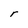
Character: r